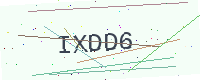
Text: IXDD6